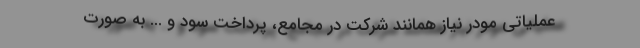
عملیاتی مودر نیاز همانند شرکت در مجامع، پرداخت سود و ... به صورت